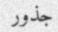
جذور